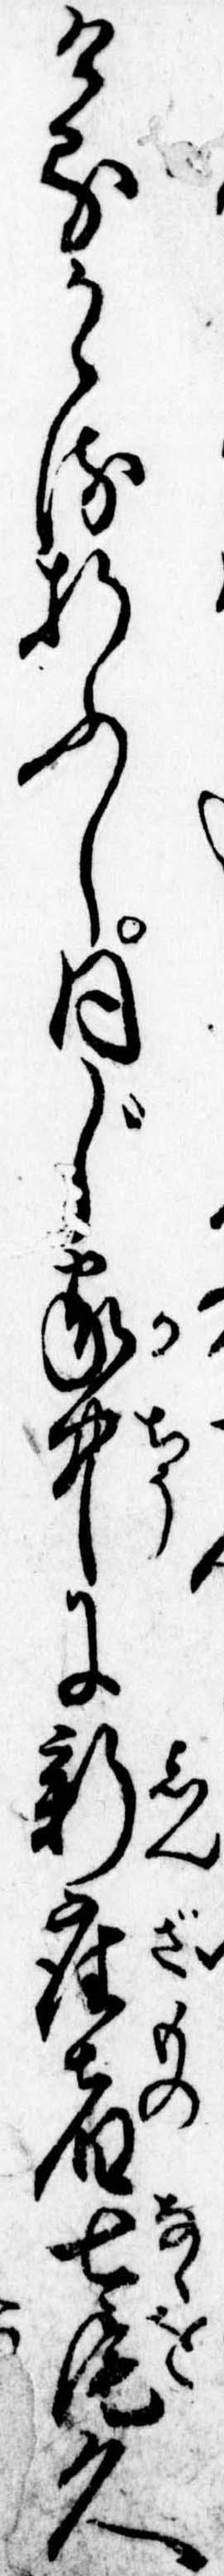
けるかゝる折ふし同じ家中に新座者七尾久